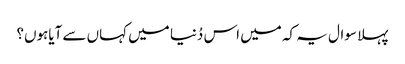
پہلا سوال یہ کہ میں اس دُنیا میں کہاں سے آیاہوں؟